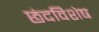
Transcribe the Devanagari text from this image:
छंदविशेष